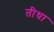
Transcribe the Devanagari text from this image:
तीधा